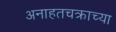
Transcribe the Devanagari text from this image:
अनाहतचक्राच्या